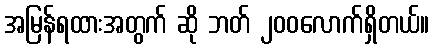
အမြန်ရထားအတွက် ဆို ဘတ် ၂၀၀လောက်ရှိတယ်။